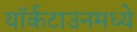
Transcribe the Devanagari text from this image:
यॉर्कटाउनमध्ये